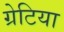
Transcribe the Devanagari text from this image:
ग्रेटिया